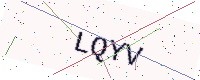
Text: LQYV